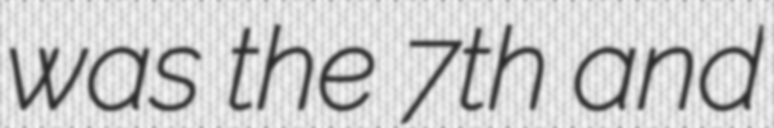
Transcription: was the 7th and